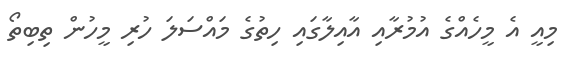
މިއީ އެ މީހެއްގެ އުމުރާއި އާއިލާގައި ހިތުގެ މައްސަލަ ހުރި މީހުން ތިބިތޯ